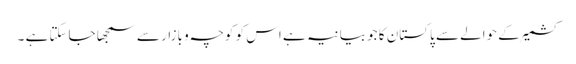
کشمیر کے حوالے سے پاکستان کا جو بیانیہ ہے اس کو کوچہ و بازار سے سمجھا جاسکتا ہے ۔